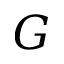
G